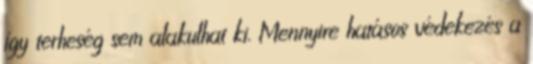
így terheség sem alakulhat ki. Mennyire hatásos védekezés a